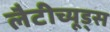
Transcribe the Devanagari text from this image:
लैटीच्यूड्स